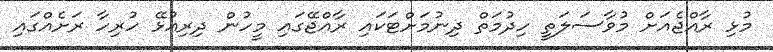
މުޅި ރާއްޖެއަށް މުވާސަލަތީ ހިދުމަތް ދިނުމަށްޓަކައި ރާއްޖޭގައި މީހުން ދިރިއުޅޭ ހުރިހާ ރަށެއްގައި